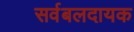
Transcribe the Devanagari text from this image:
सर्वबलदायक